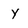
Character: Y